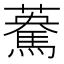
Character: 𩤯